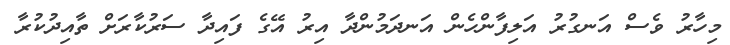
މިހާރު ވެސް އަނގުރު އަލިފާންހެން އަނދަމުންދާ އިރު އޭގެ ފައިދާ ސަރުކާރަށް ތާއިދުކުރާ